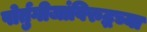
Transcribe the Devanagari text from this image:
पोर्तुगीजांविरुद्धच्या